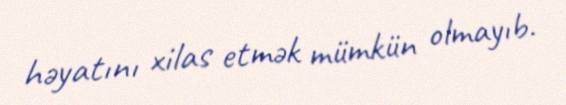
həyatını xilas etmək mümkün olmayıb.